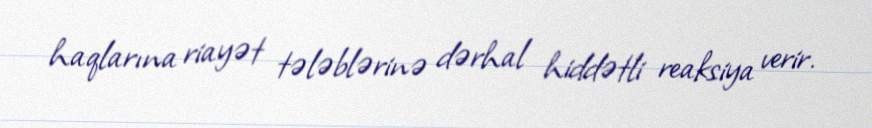
haqlarına riayət tələblərinə dərhal hiddətli reaksiya verir.